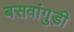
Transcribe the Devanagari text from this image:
बसवांगुड़ी